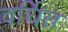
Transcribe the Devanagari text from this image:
वर्घित